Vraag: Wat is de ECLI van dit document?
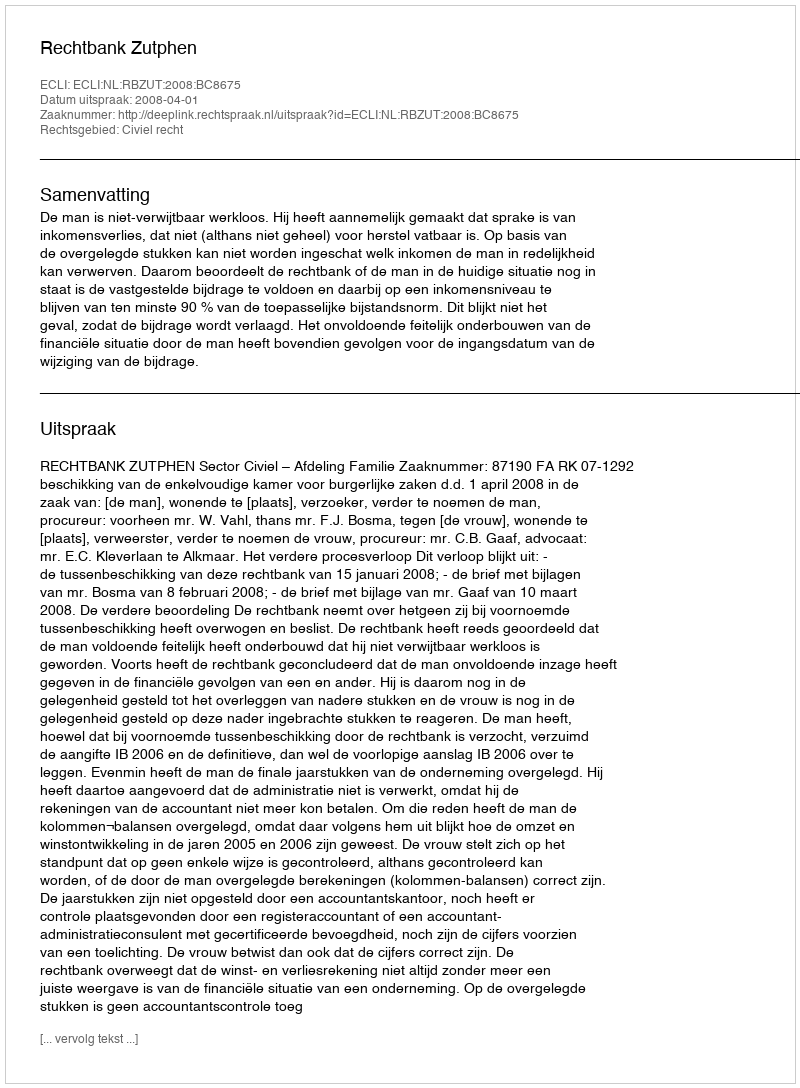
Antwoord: ECLI:NL:RBZUT:2008:BC8675